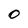
Character: 0